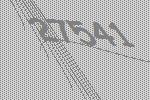
27541